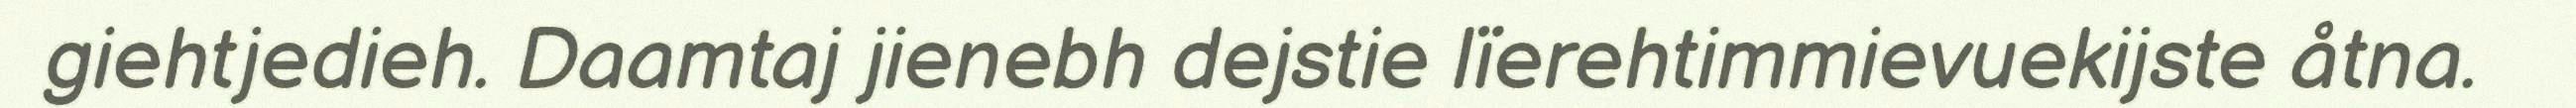
giehtjedieh. Daamtaj jienebh dejstie lïerehtimmievuekijste åtna.